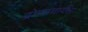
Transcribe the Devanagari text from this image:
द्रोणाचार्यला